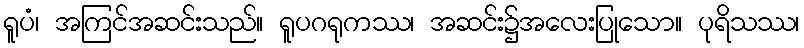
ရူပံ၊ အကြင်အဆင်းသည်။ ရူပဂရုကဿ၊ အဆင်း၌အလေးပြုသော။ ပုရိသဿ၊